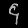
Digit: ၄